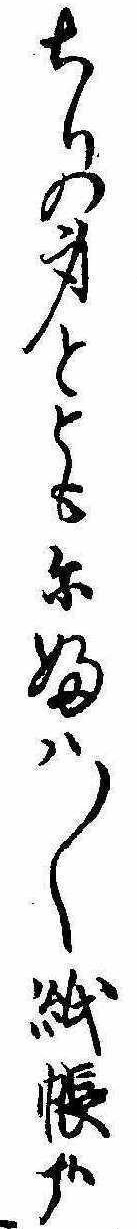
ちりの身とともにふは〱紙帳哉